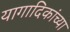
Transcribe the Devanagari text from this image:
यागादिकांच्या